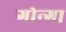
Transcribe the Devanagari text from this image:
गोन्गा